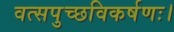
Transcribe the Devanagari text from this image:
वत्सपुच्छविकर्षणः।